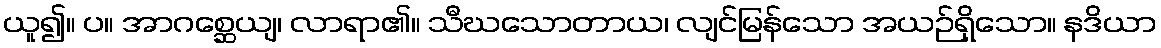
ယူ၍။ ပ။ အာဂစ္ဆေယျ၊ လာရာ၏။ သီဃသောတာယ၊ လျင်မြန်သော အယဉ်ရှိသော။ နဒိယာ